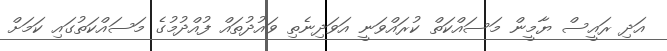
އަދި ރައީސް ޔާމީން މަސައްކަތް ކުރައްވަނީ އަވަދިނެތި ވައުދުތައް ފުއްދުމުގެ މަސައްކަތުގައި ކަމަށް